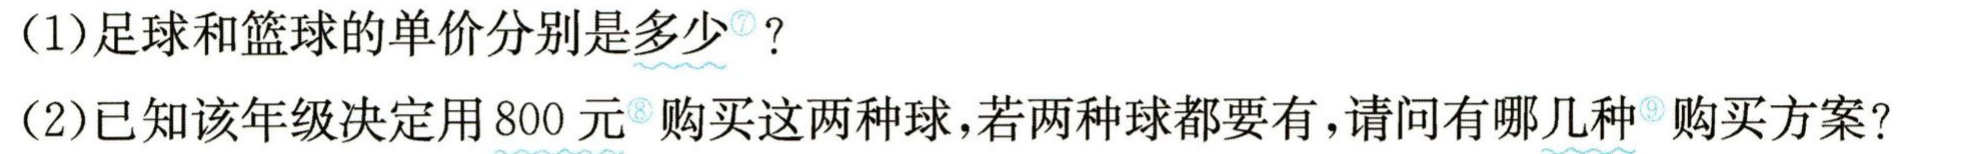
(1)足球和篮球的单价分别是多少？

(2)已知该年级决定用800元购买这两种球，若两种球都要有，请问有哪几种购买方案？